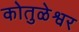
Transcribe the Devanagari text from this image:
कोतुळेश्वर